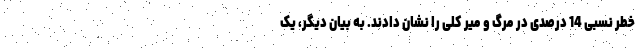
خطر نسبی 14 درصدی در مرگ و میر کلی را نشان دادند. به بیان دیگر، یک